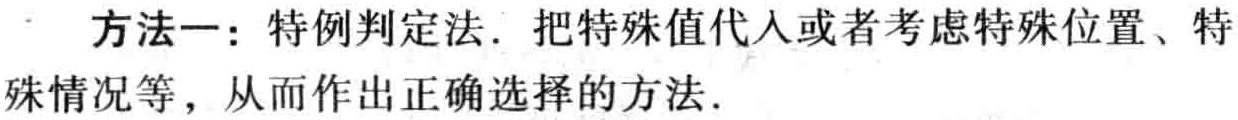
方法一：特例判定法．把特殊值代入或者考虑特殊位置、特殊情况等，从而作出正确选择的方法．